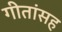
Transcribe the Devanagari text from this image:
गीतांसह